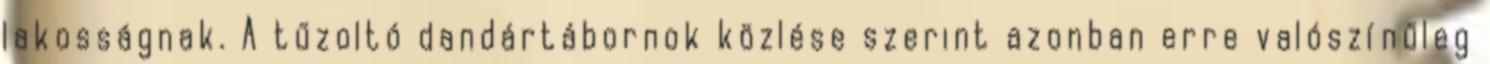
lakosságnak. A tűzoltó dandártábornok közlése szerint azonban erre valószínűleg